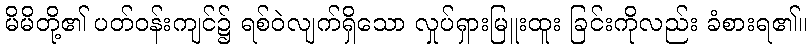
မိမိတို့၏ ပတ်ဝန်းကျင်၌ ရစ်ဝဲလျက်ရှိသော လှုပ်ရှားမြူးထူး ခြင်းကိုလည်း ခံစားရ၏။